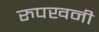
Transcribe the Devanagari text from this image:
रुपखनी